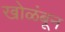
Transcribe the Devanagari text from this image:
खोळंबून